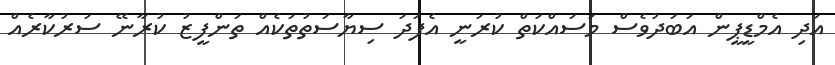
އަދި އެމްޑީޕީން އަބަދުވެސް މަސައްކަތް ކުރަނީ އެފަދަ ސިޔާސަތުތަކެއް ތަންފީޒު ކުރާނޭ ސަރުކާރެއް